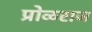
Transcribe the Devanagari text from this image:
प्रोळराज